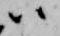
ハ